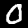
Label: 0